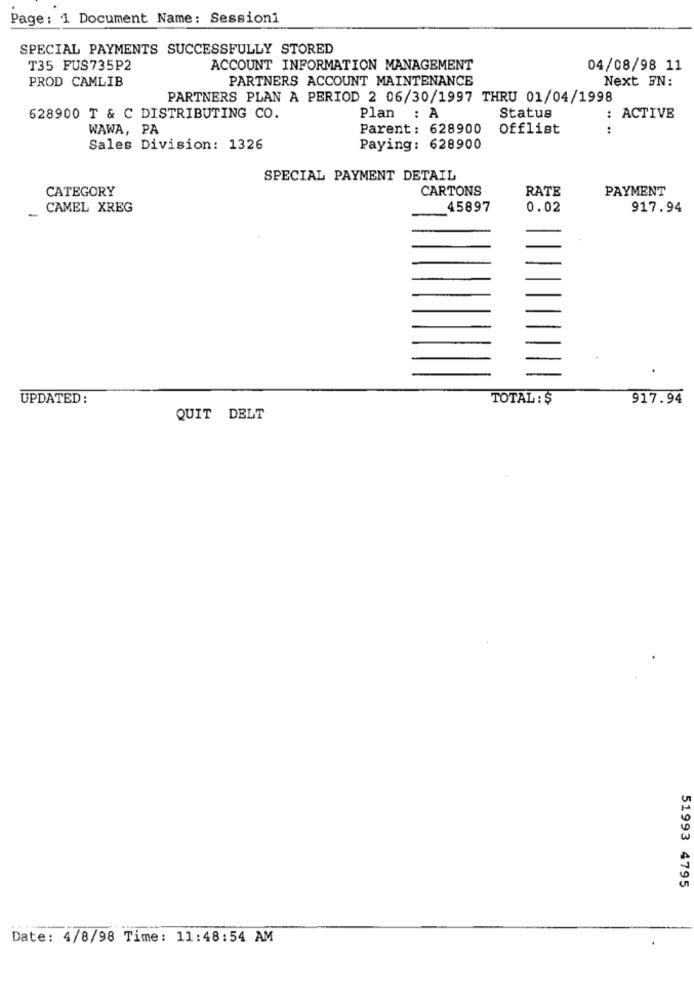
Page: 1 Document Name: Session1
SPECIAL PAYMENTS SUCCESSFULLY STORED
T35 FUS735P2
ACCOUNT INFORMATION MANAGEMENT
04/08/98 11
PROD CAMLIB
PARTNERS ACCOUNT MAINTENANCE
Next FN:
PARTNERS PLAN A PERIOD 2 06/30/1997 THRU 01/04/1998
628900 T & C DISTRIBUTING CO.
Plan : A
Status
: ACTIVE
WAWA, PA
Parent: 628900
Offlist
Sales Division: 1326
Paying: 628900
SPECIAL PAYMENT DETAIL
CATEGORY
CARTONS
RATE
PAYMENT
CAMEL XREG
45897
0.02
917.94
UPDATED :
TOTAL : $
917.94
QUIT DELT
51993 4795
Date: 4/8/98 Time: 11:48:54 AM